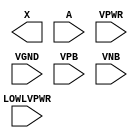
module sky130_fd_sc_hd__lpflow_lsbuf_lh_isowell (
    X       ,
    A       ,
    LOWLVPWR,
    VPWR    ,
    VGND    ,
    VPB     ,
    VNB
);

    output X       ;
    input  A       ;
    input  LOWLVPWR;
    input  VPWR    ;
    input  VGND    ;
    input  VPB     ;
    input  VNB     ;
endmodule